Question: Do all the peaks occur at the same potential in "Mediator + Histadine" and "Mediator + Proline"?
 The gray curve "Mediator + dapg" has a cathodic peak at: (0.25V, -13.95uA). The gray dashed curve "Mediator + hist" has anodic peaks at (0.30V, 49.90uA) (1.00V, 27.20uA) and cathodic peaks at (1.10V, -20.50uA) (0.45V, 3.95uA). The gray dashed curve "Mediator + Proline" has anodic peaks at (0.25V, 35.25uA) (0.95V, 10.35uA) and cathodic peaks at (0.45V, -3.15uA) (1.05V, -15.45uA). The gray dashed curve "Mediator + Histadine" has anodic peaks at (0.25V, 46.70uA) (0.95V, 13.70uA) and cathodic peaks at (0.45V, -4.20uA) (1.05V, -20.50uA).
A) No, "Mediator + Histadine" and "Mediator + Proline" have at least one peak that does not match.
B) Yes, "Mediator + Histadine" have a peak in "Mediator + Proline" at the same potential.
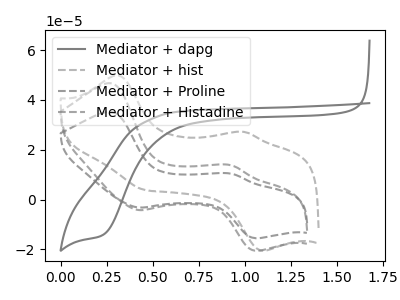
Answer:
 <answer>B) Yes, "Mediator + Histadine" have a peak in "Mediator + Proline" at the same potential.</answer>
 <eval>B</eval>